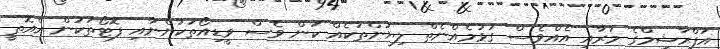
އަފްރާޝީމްގެ މަރާއި އެއްވެސް ގުޅުމެއްނެތް ލިޔުންތަކެއް ކަން ވެސް ވީޑިއޯތަކުންނާއި ފޮޓޯތަކުން އެއޮތީ